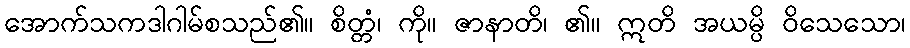
အောက်သကဒါဂါမ်စသည်၏။ စိတ္တံ၊ ကို။ ဇာနာတိ၊ ၏။ ဣတိ အယမ္ပိ ဝိသေသော၊